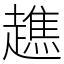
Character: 趭